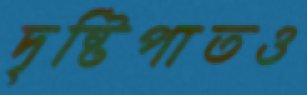
দৃষ্টিপাতও